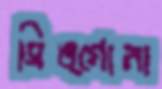
সিঙ্গোনা